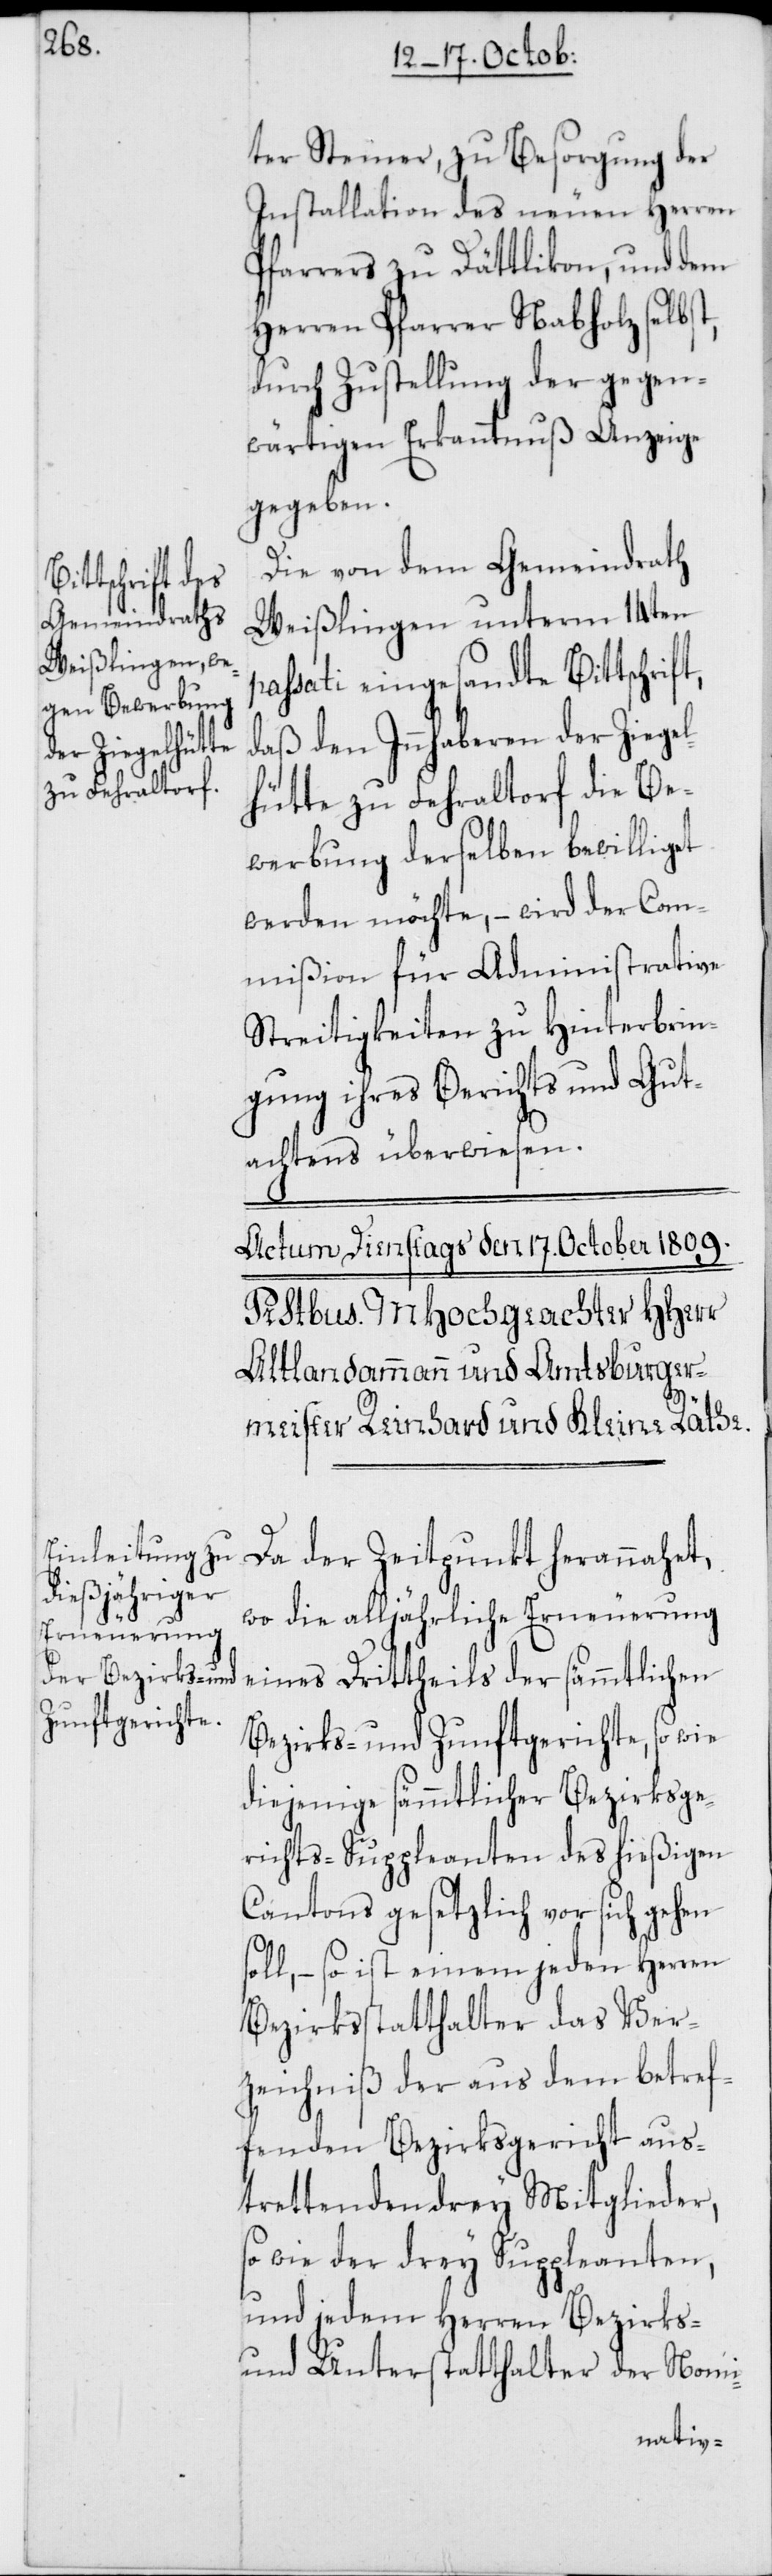
ter Steiner, zu Besorgung der
Installation des neuen Herren
Pfarrers zu Dättlikon, und dem
Herren Pfarrer Nabholz selbst,
durch Zustellung der gegen¬
wärtigen Erkanntnuß Anzeige
gegeben.
Die von dem Gemeindrath
Weißlingen unterm 14ten
assati eingesandte Bittschrif¬
daß den Innhaberen der Ziege¬
lhütte zu Fehraltorf die Be¬
werbung derselben bewilliget
werden möchte, – wird der Com¬
mißion für Administrative
Streitigkeiten zu Hinterbrin¬
gung ihres Berichts und Gut¬
achtens überwiesen.
t,
Da der Zeitpunkt herannahet,
wo die alljährliche Erneuerung
eines Drittheils der sämmtlichen
Bezirks- und Zunftgerichte, so wie
diejenige sämmtlicher Bezirksge¬
richts-Suppleanten des hießigen
Cantons gesetzlich vor sich gehen
soll, – so ist einem jeden Herren
Bezirksstatthalter das Ver¬
zeichniß der aus dem betref¬
fenden Bezirksgericht aus¬
trettenden drey Mitglieder,
so wie der drey Suppleanten,
und jedem Herren Bezirks-
und Unterstatthalter der Nomi-